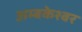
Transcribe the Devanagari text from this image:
अम्बकेश्वर